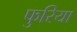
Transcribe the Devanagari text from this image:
फुरिया